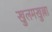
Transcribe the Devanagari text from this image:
खुलमखुल्ला